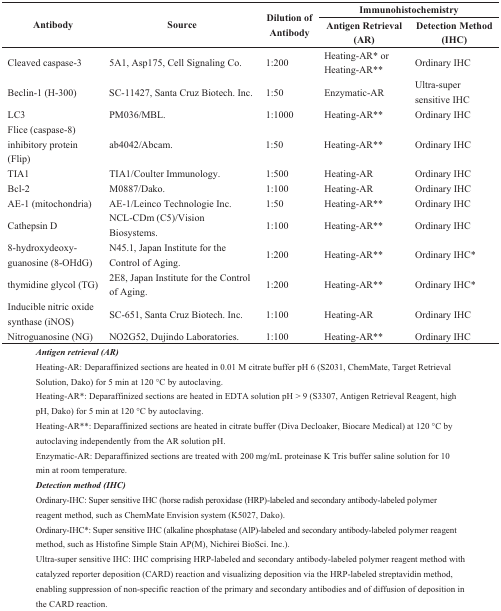
<table><thead><tr><td rowspan="2"><b>Antibody</b></td><td rowspan="2"><b>Source</b></td><td rowspan="2"><b>Dilution of Antibody</b></td><td colspan="2"><b>Immunohistochemistry</b></td></tr><tr><td><b>Antigen Retrieval (AR)</b></td><td><b>Detection Method (IHC)</b></td></tr></thead><tbody><tr><td>Cleaved caspase-3</td><td>5A1, Asp175, Cell Signaling Co.</td><td>1:200</td><td>Heating-AR* or Heating-AR** </td><td>Ordinary IHC</td></tr><tr><td>Beclin-1 (H-300)</td><td>SC-11427, Santa Cruz Biotech. Inc.</td><td>1:50</td><td>Enzymatic-AR </td><td>Ultra-super sensitive IHC</td></tr><tr><td>LC3</td><td>PM036/MBL.</td><td>1:1000</td><td>Heating-AR**</td><td>Ordinary IHC</td></tr><tr><td>Flice (caspase-8) inhibitory protein (Flip)</td><td>ab4042/Abcam.</td><td>1:50</td><td>Heating-AR**</td><td>Ordinary IHC</td></tr><tr><td>TIA1</td><td>TIA1/Coulter Immunology.</td><td>1:500</td><td>Heating-AR</td><td>Ordinary IHC</td></tr><tr><td>Bcl-2</td><td>M0887/Dako.</td><td>1:100</td><td>Heating-AR</td><td>Ordinary IHC</td></tr><tr><td>AE-1 (mitochondria)</td><td>AE-1/Leinco Technologie Inc.</td><td>1:50</td><td>Heating-AR** </td><td>Ordinary IHC</td></tr><tr><td>Cathepsin D</td><td>NCL-CDm (C5)/Vision Biosystems.</td><td>1:100</td><td>Heating-AR**</td><td>Ordinary IHC</td></tr><tr><td>8-hydroxydeoxy- guanosine (8-OHdG)</td><td>N45.1, Japan Institute for the Control of Aging.</td><td>1:200</td><td>Heating-AR**</td><td>Ordinary IHC*</td></tr><tr><td>thymidine glycol (TG)</td><td>2E8, Japan Institute for the Control of Aging.</td><td>1:200</td><td>Heating-AR**</td><td>Ordinary IHC*</td></tr><tr><td>Inducible nitric oxide synthase (iNOS)</td><td>SC-651, Santa Cruz Biotech. Inc.</td><td>1:100</td><td>Heating-AR</td><td>Ordinary IHC</td></tr><tr><td>Nitroguanosine (NG)</td><td>NO2G52, Dujindo Laboratories.</td><td>1:100</td><td>Heating-AR**</td><td>Ordinary IHC</td></tr></tbody></table>